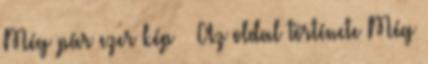
Még pár ezer kép » Az oldal története Még